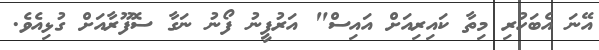
އޭނަ އެބަހުރި މިތާ ކައިރިއަށް އައިސް" އަރުފީނު ފޯނު ނަގާ ސޮފޫރާއަށް ގުޅިއެވެ.